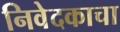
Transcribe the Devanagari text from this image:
निवेदकाचा